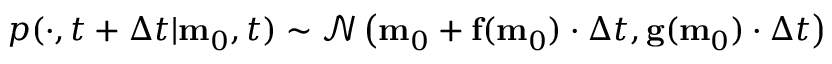
\begin{array} { r } { p ( \cdot , t + \Delta t | \mathbf { m } _ { 0 } , t ) \sim \mathcal { N } \left( \mathbf { m } _ { 0 } + \mathbf { f } ( \mathbf { m } _ { 0 } ) \cdot \Delta t , \mathbf { g } ( \mathbf { m } _ { 0 } ) \cdot \Delta t \right) } \end{array}